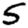
Digit: 5